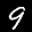
Label: 9